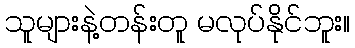
သူများနဲ့တန်းတူ မလုပ်နိုင်ဘူး။